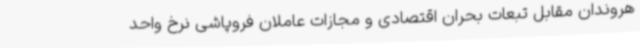
هروندان مقابل تبعات بحران اقتصادی و مجازات عاملان فروپاشی نرخ واحد